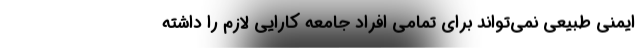
ایمنی طبیعی نمی‌تواند برای تمامی افراد جامعه کارایی لازم را داشته